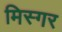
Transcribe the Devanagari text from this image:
मिस्गर